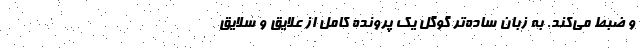
و ضبط می‌کند. به زبان ساده‌تر گوگل یک پرونده کامل از علایق و سلایق